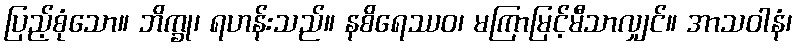
ပြည့်စုံသော။ ဘိက္ခု၊ ရဟန်းသည်။ နစိရေဿဝ၊ မကြာမြင့်မီသာလျှင်။ အာသဝါနံ၊